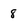
Character: 8